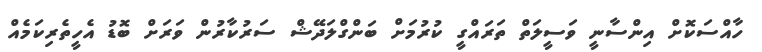
ހާއްސަކޮށް އިންސާނީ ވަސީލަތް ތަރައްގީ ކުރުމަށް ބަންގްލަދޭޝް ސަރުކާރުން ވަރަށް ބޮޑު އެހީތެރިކަމެއް